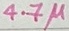
Text: 4.7µ